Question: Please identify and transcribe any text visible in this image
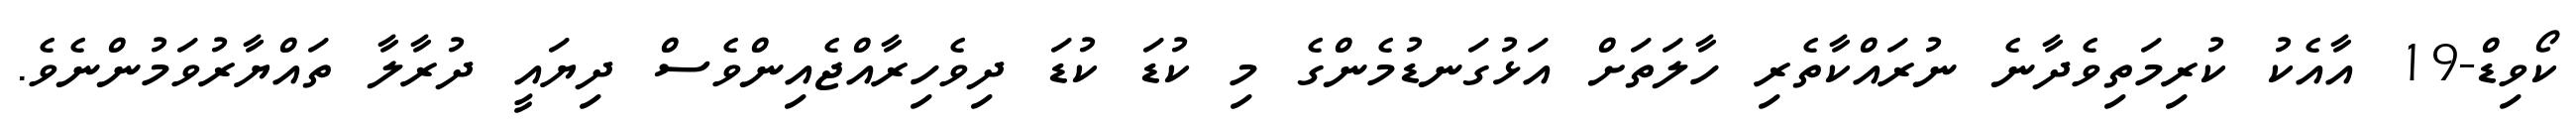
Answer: ކޯވިޑް-19 އާއެކު ކުރިމަތިވެދާނެ ނުރައްކާތެރި ހާލަތަށް އަޅުގަނޑުމެންގެ މި ކުޑަ ކުޑަ ދިވެހިރާއްޖެއިންވެސް ދިޔައީ ދުރާލާ ތައްޔާރުވަމުންނެވެ.